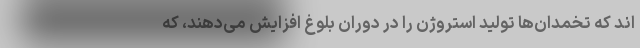
اند که تخمدان‌ها تولید استروژن را در دوران بلوغ افزایش می‌دهند، که